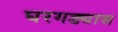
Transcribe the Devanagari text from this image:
घरगड्यास